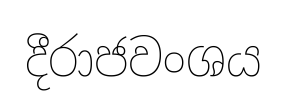
දීරාජවංශය